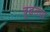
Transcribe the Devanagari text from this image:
दृढतया